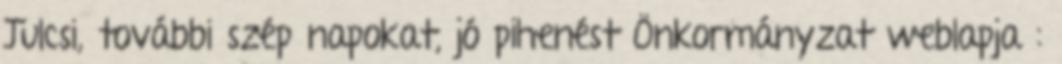
Julcsi, további szép napokat, jó pihenést Önkormányzat weblapja :